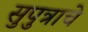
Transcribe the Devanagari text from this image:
सुपुत्राचे